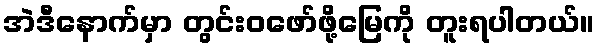
အဲဒီနောက်မှာ တွင်းဝဖော်ဖို့မြေကို တူးရပါတယ်။